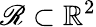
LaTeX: \mathscr{R}\subset{\mathbb R}^{2}